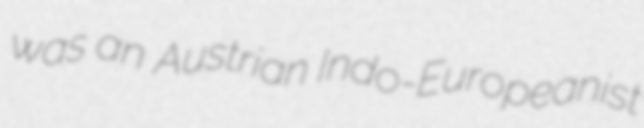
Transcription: was an Austrian Indo-Europeanist